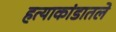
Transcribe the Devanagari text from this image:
हत्याकांडातले